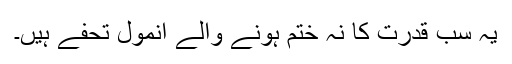
یہ سب قدرت کا نہ ختم ہونے والے انمول تحفے ہیں۔